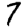
Digit: 7